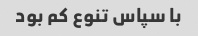
با سپاس تنوع کم بود